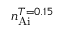
n _ { \mathrm { A i } } ^ { T = 0 . 1 5 }